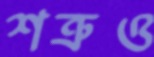
শত্রুও